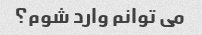
می توانم وارد شوم؟